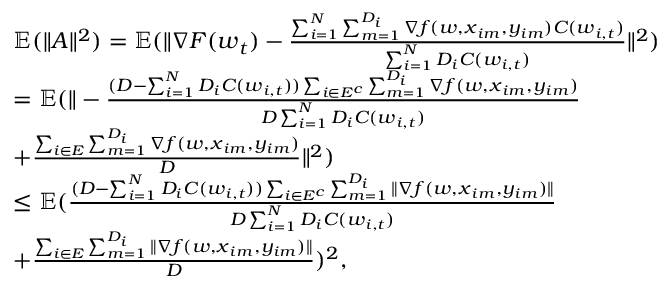
\begin{array} { r l } & { \mathbb { E } ( \| \boldsymbol { A } \| ^ { 2 } ) = \mathbb { E } ( \| \nabla F ( \boldsymbol { w } _ { t } ) - \frac { \sum _ { i = 1 } ^ { N } \sum _ { m = 1 } ^ { D _ { i } } \nabla f ( \boldsymbol { w } , \boldsymbol { x } _ { i m } , y _ { i m } ) C ( \boldsymbol { w } _ { i , t } ) } { \sum _ { i = 1 } ^ { N } D _ { i } C ( \boldsymbol { w } _ { i , t } ) } \| ^ { 2 } ) } \\ & { = \mathbb { E } ( \| - \frac { ( D - \sum _ { i = 1 } ^ { N } D _ { i } C ( \boldsymbol { w } _ { i , t } ) ) \sum _ { i \in E ^ { c } } \sum _ { m = 1 } ^ { D _ { i } } \nabla f ( \boldsymbol { w } , \boldsymbol { x } _ { i m } , y _ { i m } ) } { D \sum _ { i = 1 } ^ { N } D _ { i } C ( \boldsymbol { w } _ { i , t } ) } } \\ & { + \frac { \sum _ { i \in E } \sum _ { m = 1 } ^ { D _ { i } } \nabla f ( \boldsymbol { w } , \boldsymbol { x } _ { i m } , y _ { i m } ) } { D } \| ^ { 2 } ) } \\ & { \le \mathbb { E } ( \frac { ( D - \sum _ { i = 1 } ^ { N } D _ { i } C ( \boldsymbol { w } _ { i , t } ) ) \sum _ { i \in E ^ { c } } \sum _ { m = 1 } ^ { D _ { i } } \| \nabla f ( \boldsymbol { w } , \boldsymbol { x } _ { i m } , y _ { i m } ) \| } { D \sum _ { i = 1 } ^ { N } D _ { i } C ( \boldsymbol { w } _ { i , t } ) } } \\ & { + \frac { \sum _ { i \in E } \sum _ { m = 1 } ^ { D _ { i } } \| \nabla f ( \boldsymbol { w } , \boldsymbol { x } _ { i m } , y _ { i m } ) \| } { D } ) ^ { 2 } , } \end{array}